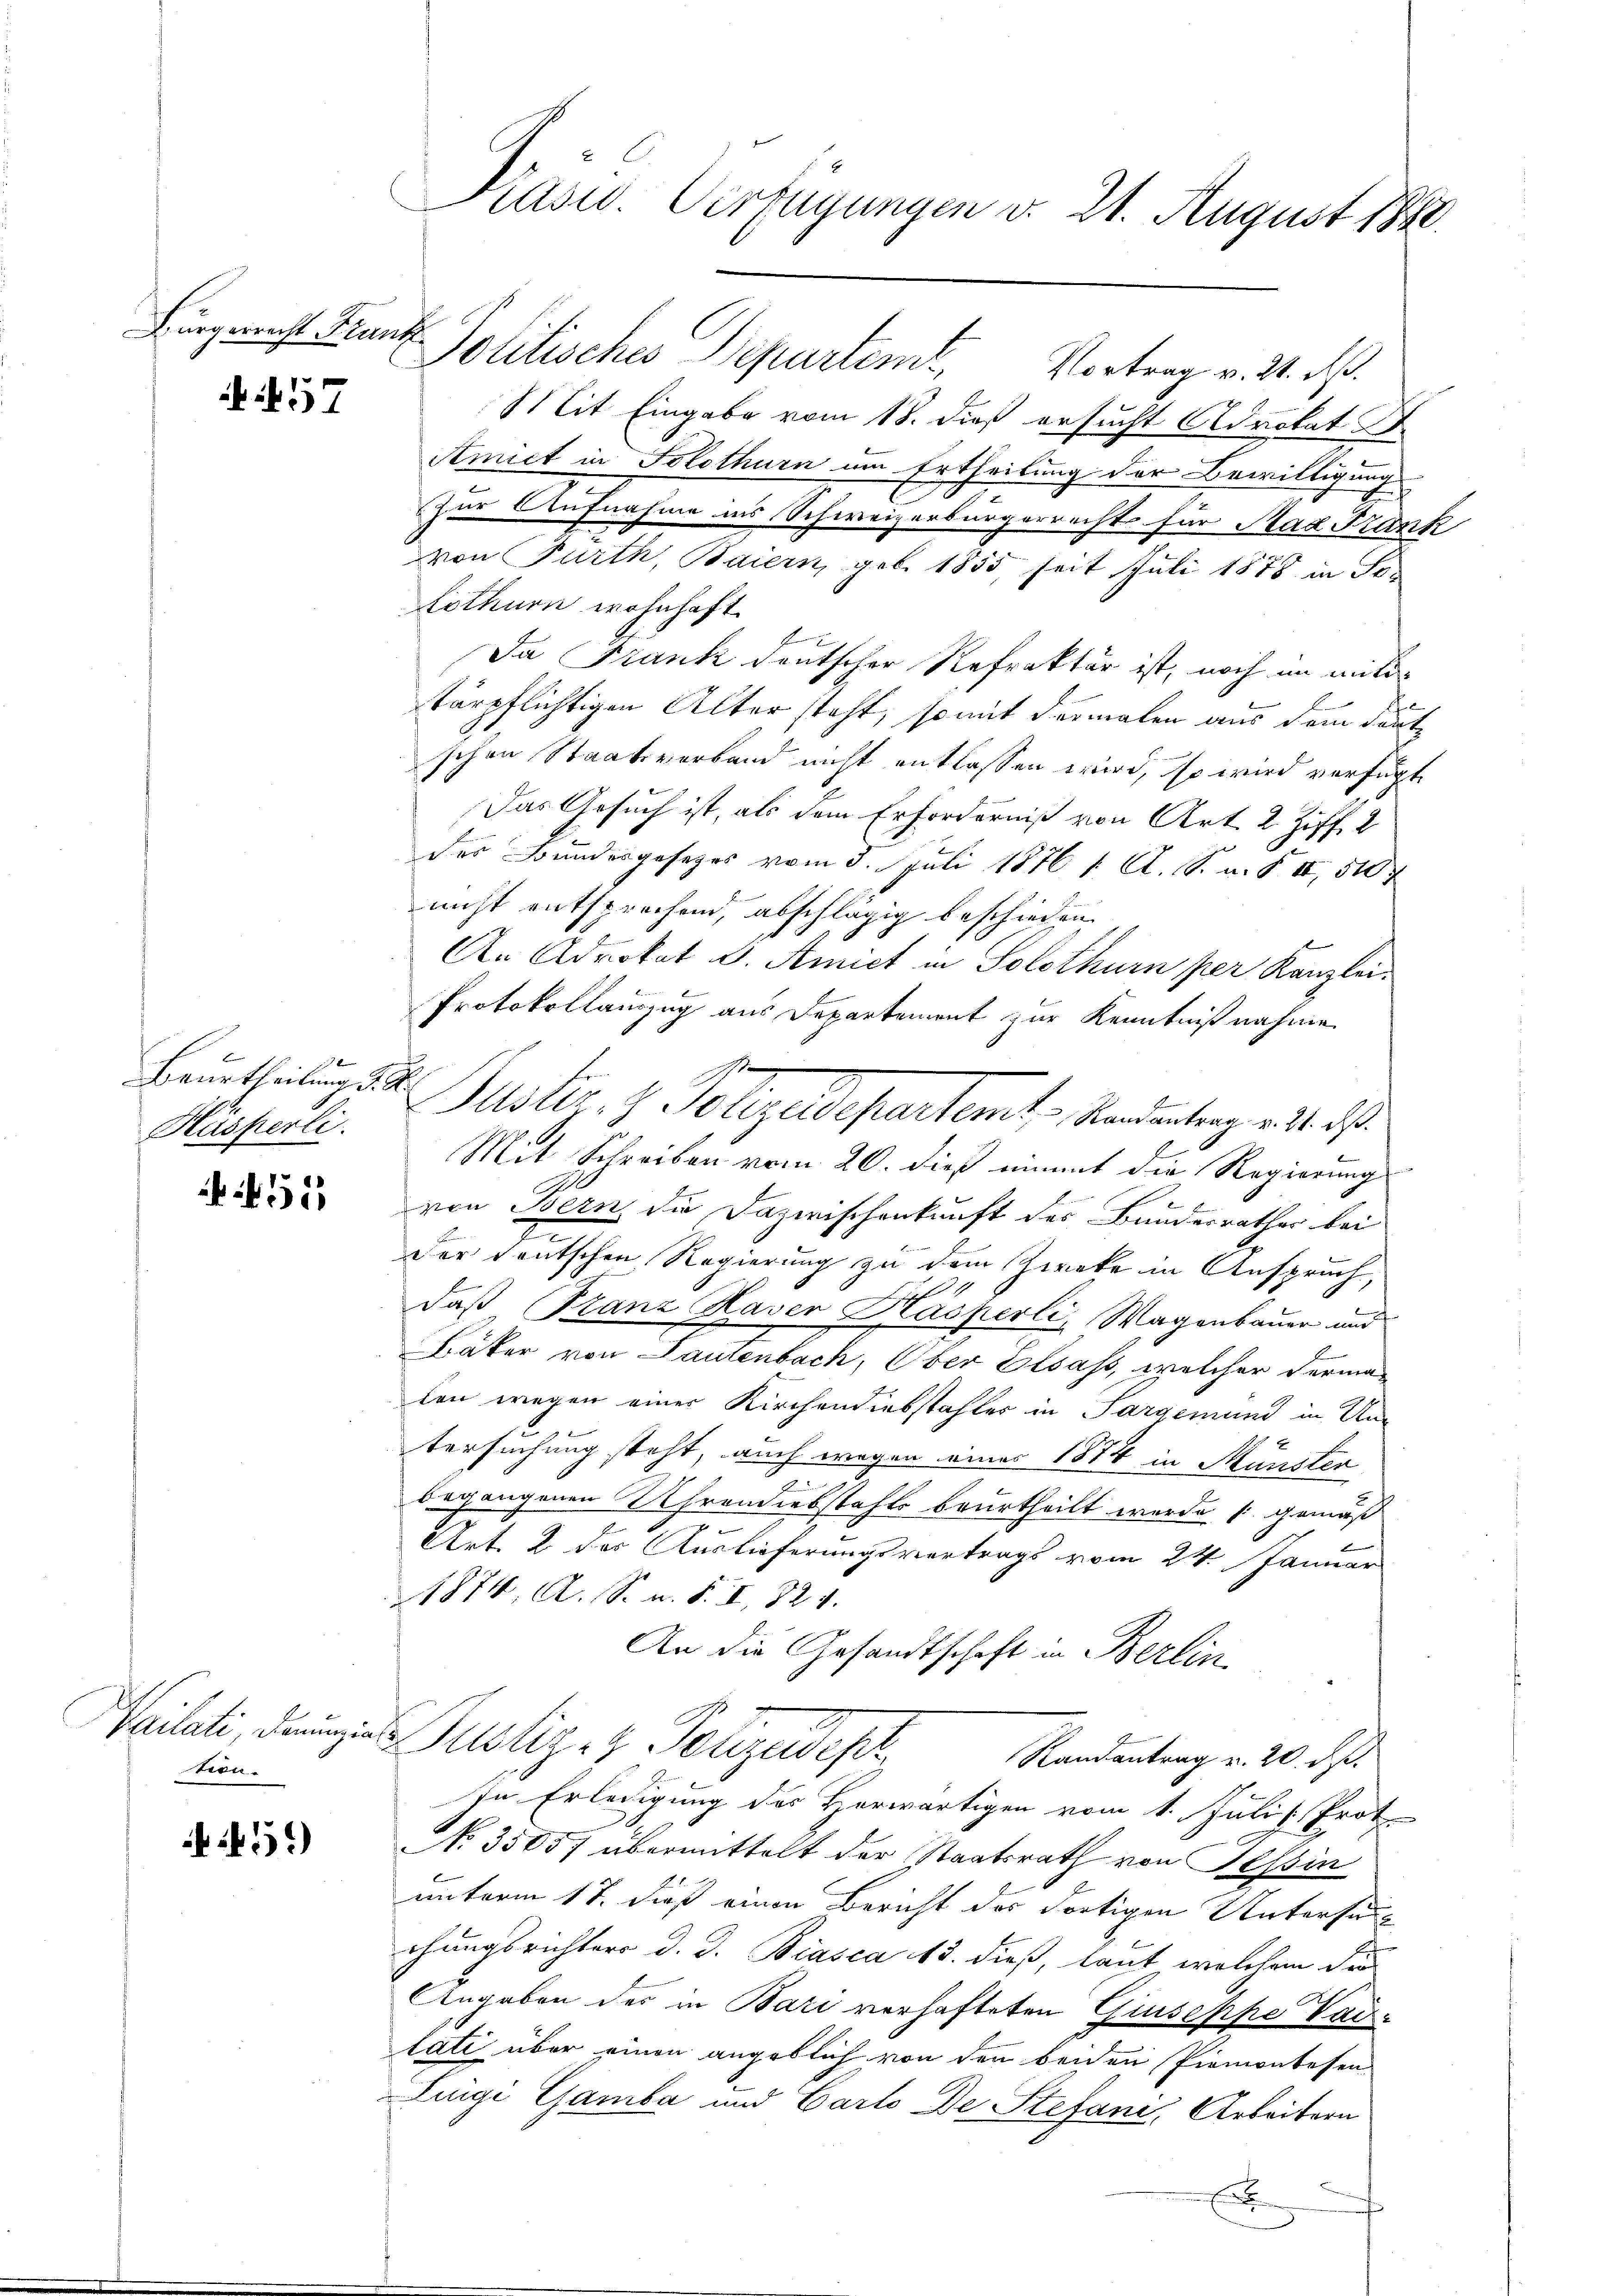
Bürgerrecht Frank

57

Beurtheilung d. d.
Hasperli.

455

tron

451)

Präsid. Verfügungen d. 21. August 1882

Mit Eingabe vom 18. dieß ersucht Advokat S.
Amict in Solothurn um Ertheilung der Bewilligung
zur Aufnahme ins Schweizerbürgerrechts für Mag Frank
von Furth, Baiern, geb. 1855, seit Juli 1875 in So
Lothurn wohnhaft
Da Frank deutscher Refrakter ist, noch an mit
tärpflichtigen Alter steht, so mit dermalen aus dem deute
schen Staatsverband nicht entlassen wird, so wird verfügt
Das Gesuch ist, als dem Erforderniß von Art. 2 Ziff. 2
e
des Bundesgesetzes vom 5. Juli 1876 1. A. S. a. § II, 510 f
nicht entsprechend, abschlägig beschieden
An Advokat v. Amict in Solothurn per Kanzlei¬
Protokollauszug aus Departement zur Kenntnißnahme
e
Mit Schreiben vom 20. dieß unmit die Regierung
von Bern die Dazwischenkunft des Bundesrathes bei
der Teutschen Regierung zu dem Zwecke in Anspruch,
F
daß Stanz Haver Kasperli, Wagenbauer und
Bäker von Lautenbach, Ober Elsass, welcher Verman
ten wegen einer Kirchendiebstahles in Sargemand in Untersuchung steht, auch wegen eines 1874 in Münster
begangenen Uhrendiebstahls beurtheilt wurde (gemäß
s
Art. 2 der Auslieferungsvertrags vom 24. Januar
1876, A. S. u. S. I, 324.
An die Gesandtschaft in Berlin
Vilati, denn eine Seelige Polizeidep
Randantrag u. 20. ds.
In Erledigung des Herwärtigen vom 1. Juli [Prot
No 35057 übermittelt der Staatsrath von Tessin
unterm 17. dieß einen Bericht des dortigen Untersuch
chungsrichters d. d. Biasca 13. dieß, laut welchem die
Angaben des in Bari verhafteten Giuseppe Vad
tati über einen angeblich von den beiden Piemontesen
Lingi Gamba und Carlo Der Stefani, Arbeitern
E

Politisches Departem Vortrag v. 24. ds.

Justiz- & Polizeidepartemt, Randantrag v. 21. ds.